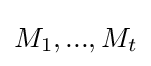
M_{1},...,M_{t}